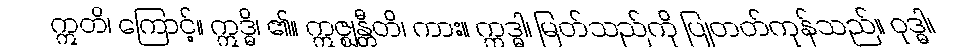
ဣတိ၊ ကြောင့်။ ဣဒ္ဓိ၊ ၏။ ဣဇ္ဈန္တီတိ၊ ကား။ ဣဒ္ဓါ၊ မြတ်သည်ကို ပြုတတ်ကုန်သည်။ ဝုဒ္ဓါ၊